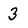
Character: 3